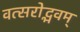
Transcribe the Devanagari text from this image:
वत्सरोद्भवम्